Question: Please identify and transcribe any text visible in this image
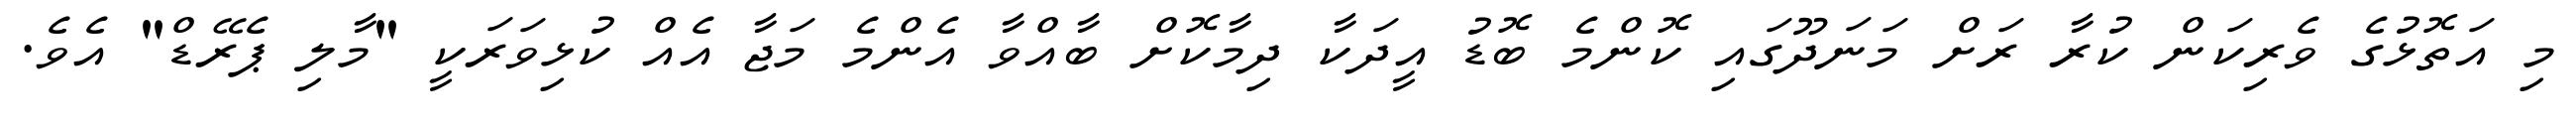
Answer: މި އަތޮޅުގެ ވެރިކަން ކުރާ ރަށް މަނަދޫގައި ކޮންމެ ބޮޑު އީދަކާ ދިމާކޮށް ބާއްވާ އެންމެ މަޖާ އެއް ކުޅިވަރަކީ "މާލި ޕެރޭޑް" އެވެ.